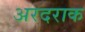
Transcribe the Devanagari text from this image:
अरदराक